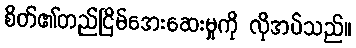
စိတ်၏တည်ငြိမ်အေးဆေးမှုကို လိုအပ်သည်။